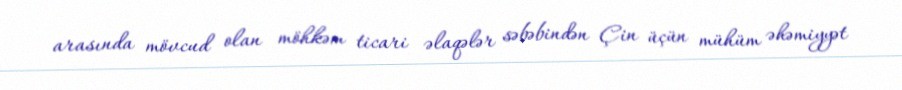
arasında mövcud olan möhkəm ticari əlaqələr səbəbindən Çin üçün mühüm əhəmiyyət